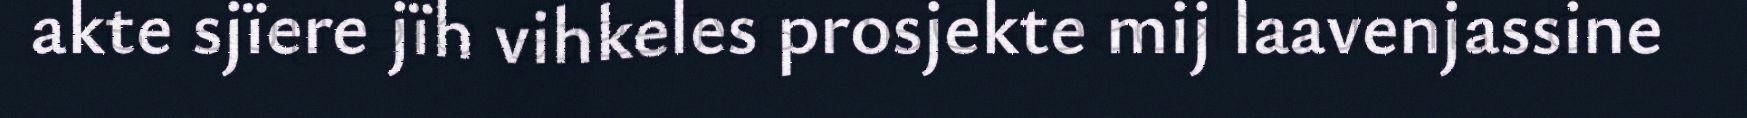
akte sjïere jïh vihkeles prosjekte mij laavenjassine